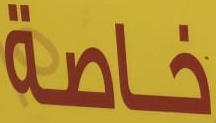
خاصة